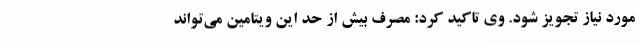
مورد نیاز تجویز شود. وی تاکید کرد: مصرف بیش از حد این ویتامین می‌تواند